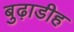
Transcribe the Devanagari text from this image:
बुढ़ाडीह